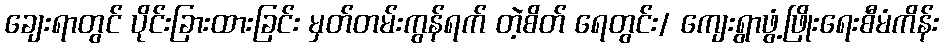
ချေးရာတွင် ပိုင်းခြားထားခြင်း မှတ်တမ်းကွန်ရက် တဲ့စိတ် ရေတွင်း/ ကျေးရွာဖွံ့ဖြိုးရေးစီမံကိန်း